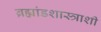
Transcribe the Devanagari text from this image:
ब्रह्मांडशास्त्राशी